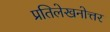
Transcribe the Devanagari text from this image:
प्रतिलेखनोत्तर